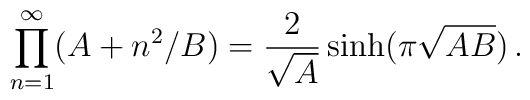
\prod_{n=1}^\infty(A+n^2/B)= {2\over\sqrt{A}}\sinh  (\pi\sqrt{AB})\,.